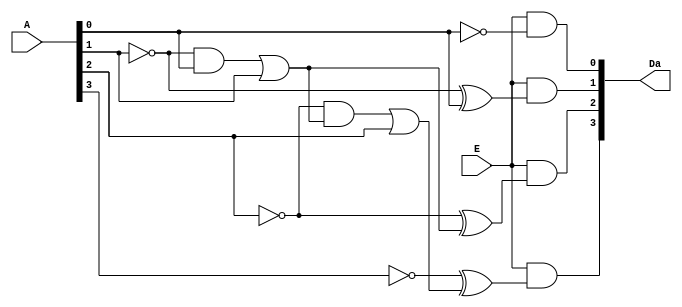
`timescale 1ns / 1ps
//////////////////////////////////////////////////////////////////////////////////
// Company: 
// Engineer: 
// 
// Design Name: 
// Module Name:    decrementor 
// Project Name: 
// Target Devices: 
// Tool versions: 
// Description: 
//
// Dependencies: 
//
// Revision: 
// Revision 0.01 - File Created
// Additional Comments: 
//
//////////////////////////////////////////////////////////////////////////////////
module decrementor(A, E,Da);

input		[3:0]A;
input		E;
output	[3:0]Da;
wire		[19:0]w;

	xor	(w[0],A[0],1);
	xor	(w[1],w[0],0);
	and	(w[2],w[0],0);
	and	(w[3],A[0],1);
	or		(w[4],w[2],w[3]);
	and	(Da[0],E,w[1]);
	
	xor	(w[5],A[1],1);
	xor	(w[6],w[5],w[4]);
	and	(w[7],w[5],w[4]);
	and	(w[8],A[1],1);
	or		(w[9],w[7],w[8]);
	and	(Da[1],E,w[6]);

	xor	(w[10],A[2],1);
	xor	(w[11],w[10],w[9]);
	and	(w[12],w[10],w[9]);
	and	(w[13],A[2],1);
	or		(w[14],w[12],w[13]);
	and	(Da[2],E,w[11]);

	xor	(w[15],A[3],1);
	xor	(w[16],w[15],w[14]);
	and	(w[17],w[15],w[14]);
	and	(w[18],A[3],1);
	or		(w[19],w[17],w[18]);
	and	(Da[3],E,w[16]);


endmodule